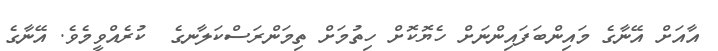
އާއަށް އޭނާގެ މައިންބަފައިންނަށް ހެޔޮކޮށް ހިތުމަށް ތިމަންރަސްކަލާނގެ  ކުރެއްވީމެވެ. އޭނާގެ